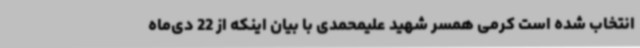
انتخاب شده است کرمی همسر شهید علیمحمدی با بیان اینکه از 22 دی‌ماه